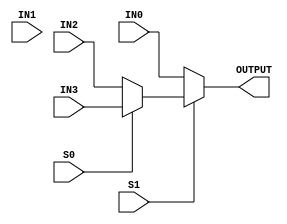
module multiplexer4_to_1(OUTPUT, IN0, IN1, IN2, IN3, S1, S0);
    input IN0, IN1, IN2, IN3, S0, S1;
    output OUTPUT;
    // Use nested conditional operator 
    assign OUTPUT = S1 ? ( S0 ? IN3 : IN2) : (S1 ? IN1 : IN0); 
endmodule